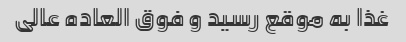
غذا به موقع رسید و فوق العاده عالی